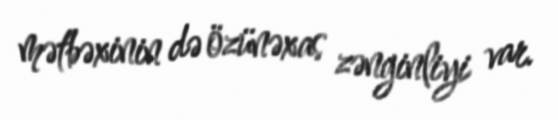
mətbəxinin də özünəxas zənginliyi var.